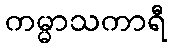
ကမ္မာသကာရီ